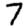
Digit: 7